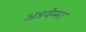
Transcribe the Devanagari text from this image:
अन्नवेम्मा